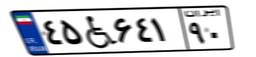
۲۹W۸۹۷۹۷